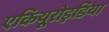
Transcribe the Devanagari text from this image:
एकियूरोइडिया